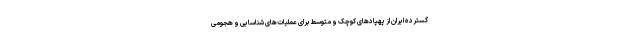
گسترده ایران از پهپادهای کوچک و متوسط برای عملیات‌های شناسایی و هجومی